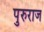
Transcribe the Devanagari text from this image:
पुरुराज